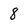
Character: 8